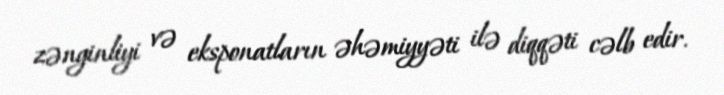
zənginliyi və eksponatların əhəmiyyəti ilə diqqəti cəlb edir.